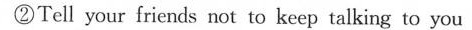
②Tell your friends not to keep talking to you